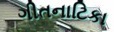
ગીતનાટિકા